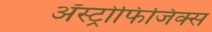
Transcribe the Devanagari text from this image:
अॅस्ट्रोफिजिक्स